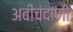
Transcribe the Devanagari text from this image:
अबीचंदाणी